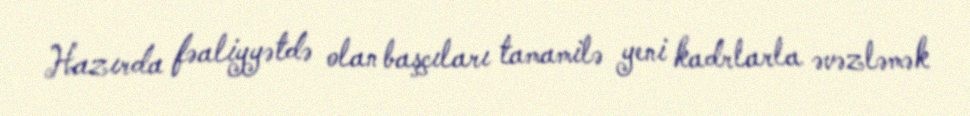
Hazırda fəaliyyətdə olan başçıları tamamilə yeni kadrlarla əvəzləmək